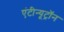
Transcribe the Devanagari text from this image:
एंटीन्यूट्रॉन